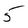
Character: 5